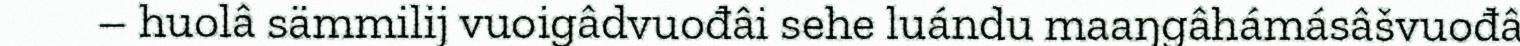
– huolâ sämmilij vuoigâdvuođâi sehe luándu maaŋgâhámásâšvuođâ